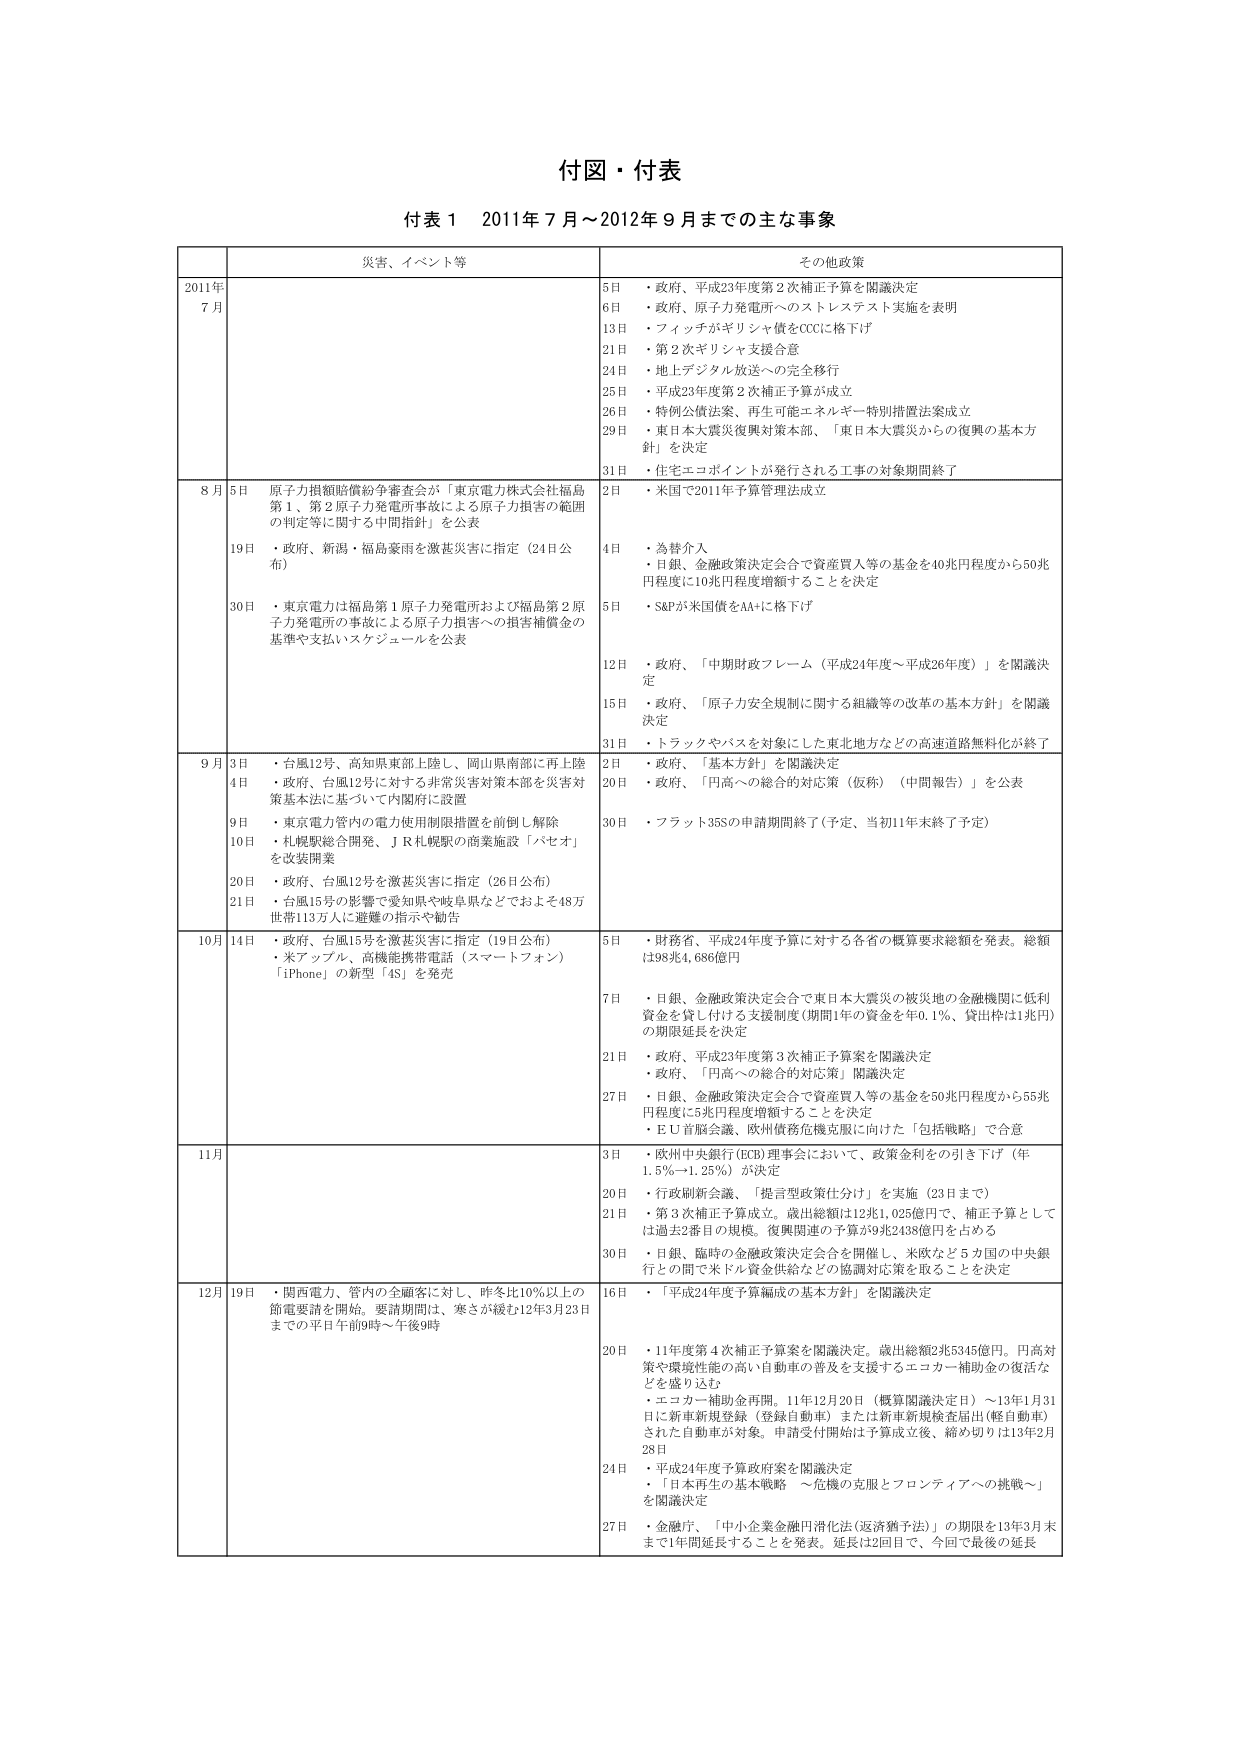
付図・付表

付表１　2011年７月～2012年９月までの主な事象

災害、イベント等